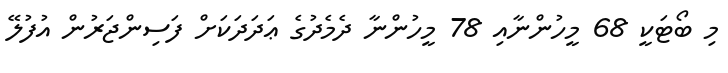
މި ބޯޓަކީ 68 މީހުންނާއި 78 މީހުންނާ ދެމެދުގެ ޢަދަދަކަށް ފަސިންޖަރުން އުފުލޭ